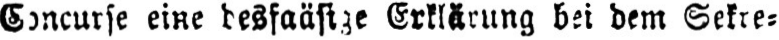
Erklärung bei dem Sekre⸗